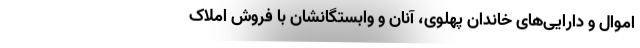
اموال و دارایی‌های خاندان پهلوی، آنان و وابستگانشان با فروش املاک